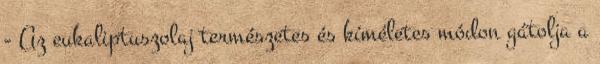
- Az eukaliptuszolaj természetes és kíméletes módon gátolja a